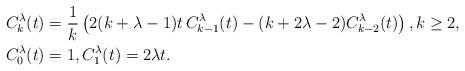
LaTeX: \begin{align*}C^{\lambda}_k(t)&=\frac{1}{k}\left(2(k+\lambda-1)t\,C^{\lambda}_{k-1}(t)-(k+2\lambda-2)C^{\lambda}_{k-2}(t)\right),k\ge2,\\C^{\lambda}_0(t)&=1,C^{\lambda}_1(t)=2\lambda t.\end{align*}